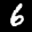
Label: 6